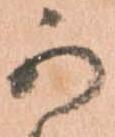
可